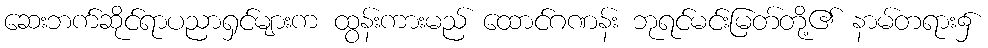
ဆေးဘက်ဆိုင်ရာပညာရှင်များက ထွန်းကားမည် ထောင်ဂဏန်း ဘုရင်မင်းမြတ်တို့၏ နာမ်တရား၌